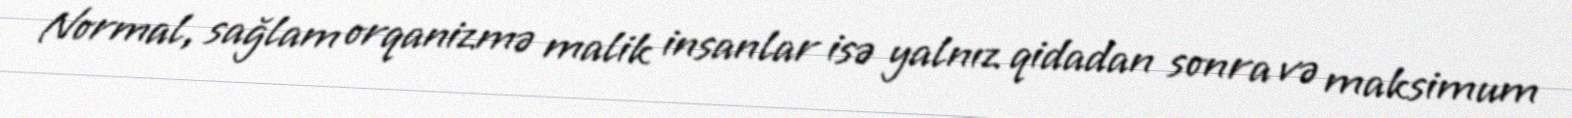
Normal, sağlam orqanizmə malik insanlar isə yalnız qidadan sonra və maksimum